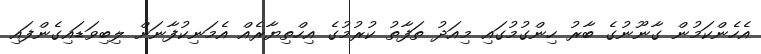
އެހެންކަމުން ގާނޫނުގެ ބާރު ހިންގުމުގައި މިއަދު ތަފާތު ކުރުމުގެ އިހްތިޔާރެއް އެމަނިކުފާނަށް ލިބިވަޑައިގެންފައި